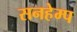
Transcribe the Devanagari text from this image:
सनहेम्प